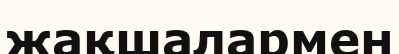
жақшалармен